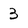
Character: 3